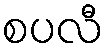
စပလီ